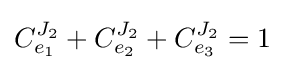
C_{e_{1}}^{J_{2}}+C_{e_{2}}^{J_{2}}+C_{e_{3}}^{J_{2}}=1